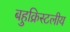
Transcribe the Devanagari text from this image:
बहुक्रिस्टलीय